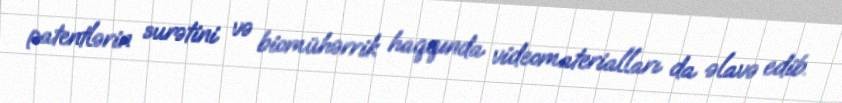
patentlərin surətini və biomühərrik haqqında videomaterialları da əlavə edib.